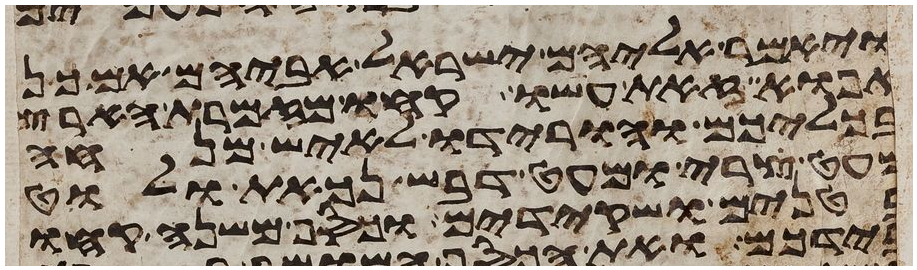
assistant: ויאמר אליהם ישראל אביהם אם כן
אפוא זאת עשו קחו מזמרת הארץ
בכליכם והורידו לאיש מנחה
מעט צרי ומעט דבש נכאת ולוט
בטנים ושקידים וכסף משנה קחו